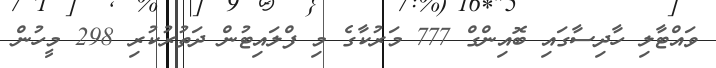
ވައްޓާލި ހާދިސާގައި ބޮއިންގް 777 މަރުކާގެ މި ފްލައިޓުން ދަތުރުކުރި 298 މީހުން